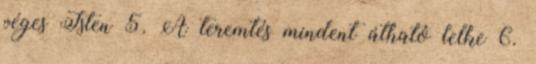
véges Isten 5. A teremtés mindent átható lelke 6.